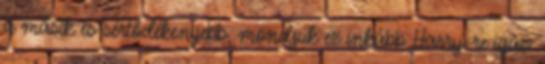
a másik és sértődékenyebb, mondjuk ez inkább Harry-re igaz.